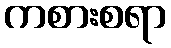
ကစားစရာ